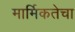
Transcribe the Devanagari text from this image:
मार्मिकतेचा